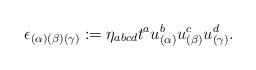
LaTeX: \begin{align*}\epsilon_{(\alpha)(\beta)(\gamma)}:=\eta_{abcd}t^{a}u^{b}_{(\alpha)}u^{c}_{(\beta)}u^{d}_{(\gamma)}.\end{align*}